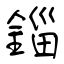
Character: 錙